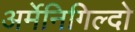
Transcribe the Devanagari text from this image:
अर्मेनिगिल्दो